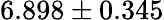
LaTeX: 6.898\pm 0.345